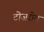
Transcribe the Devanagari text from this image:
टोजरोत